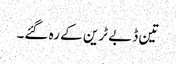
تین ڈبے ٹرین کے رہ گئے۔